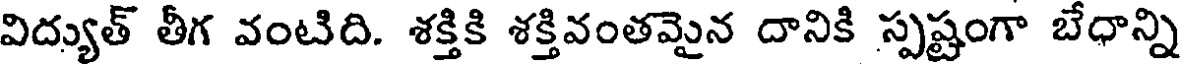
విద్యుత్ తీగ వంటిది. శక్తికి శక్తివంతమైన దానికి స్పష్టంగా బేధాన్ని